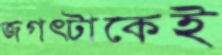
জগত্টাকেই